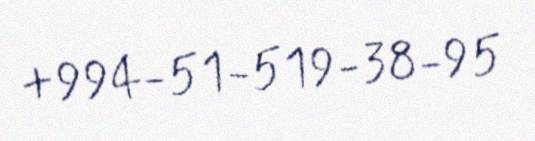
+994-51-519-38-95